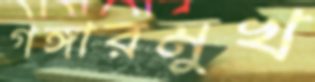
গঙ্গারমুখ